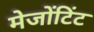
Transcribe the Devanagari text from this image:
मेजोंटिंट